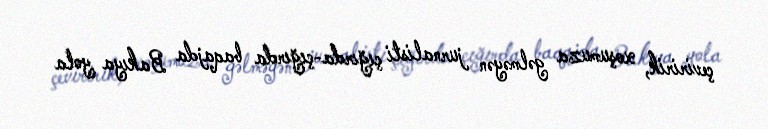
çeviririk, xoşumuza gəlməyən jurnalisti çığırda-çığırda baqajda Bakıya yola